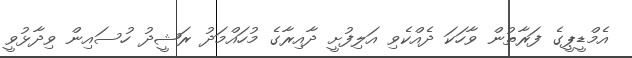
އެމްޑީޕީގެ ފަރާތުން ވާހަކަ ދެއްކެވި އަލިފުށީ ދާއިރާގެ މުހައްމަދު ރަޝީދު ހުސައިން ވިދާޅުވީ